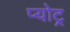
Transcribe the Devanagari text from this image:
प्योट्र